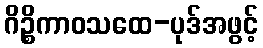
ဂိဉ္စိကာဝသထေ-ပုဒ်အဖွင့်